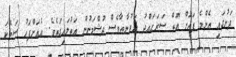
ދަށުގައި އެންމެ ފަހަށް އޮތް ސަރަޙައްދު ޣަރުނާޠާވެސް ދުޝްމަނުން އަތުލައިގަތެވެ. އެއަށްފަހު ސަތޭކަ